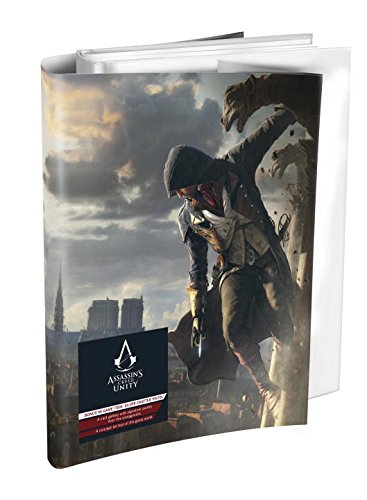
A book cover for Assassin's Creed Unity Collector's Edition: Prima Official Game Guide; Piggyback; Computers & Technology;